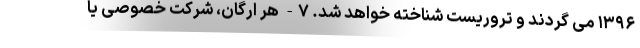
۱۳۹۶ می گردند و تروریست شناخته خواهد شد. ۷- هر ارگان، شرکت خصوصی یا